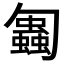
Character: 𠤋